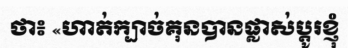
ថា៖ «ហាត់ក្បាច់គុនបានផ្លាស់ប្តូរខ្ញុំ